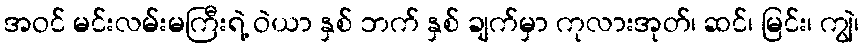
အဝင် မင်းလမ်းမကြီးရဲ့ ဝဲယာ နှစ် ဘက် နှစ် ချက်မှာ ကုလားအုတ်၊ ဆင်၊ မြင်း၊ ကျွဲ၊